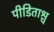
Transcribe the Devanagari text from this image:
पीडिताश्च